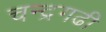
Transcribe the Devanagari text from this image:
चन्द्रगढी